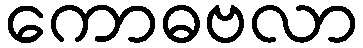
ကောဓဗလာ